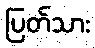
ပြတ်သား